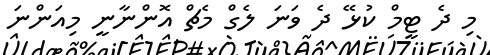
މި ދެ ޓީމް ކުޅޭ ދެ ވަނަ ލެގް މެޗް އޮންނާނީ މިއަންނަ